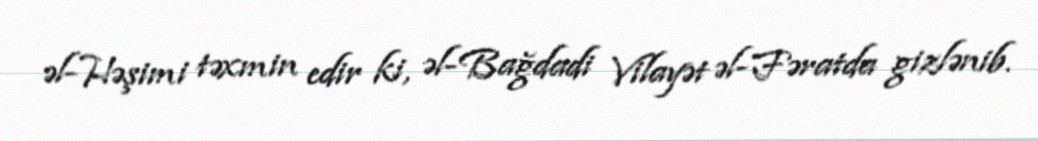
əl-Həşimi təxmin edir ki, əl-Bağdadi Vilayət əl-Fəratda gizlənib.